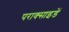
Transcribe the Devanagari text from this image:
पराक्साइडें